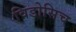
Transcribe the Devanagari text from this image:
विडोसिच